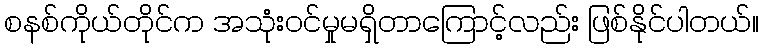
စနစ်ကိုယ်တိုင်က အသုံးဝင်မှုမရှိတာကြောင့်လည်း ဖြစ်နိုင်ပါတယ်။